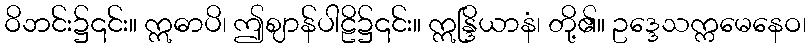
ဝိဘင်း၌၎င်း။ ဣဓာပိ၊ ဤဈာန်ပါဠိ၌၎င်း။ ဣန္ဒြိယာနံ၊ တို့၏။ ဥဒ္ဒေသက္ကမေနေဝ၊